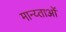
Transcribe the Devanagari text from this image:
मान्य्ताओं